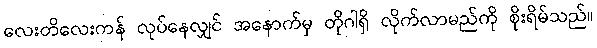
လေးတိလေးကန် လုပ်နေလျှင် အနောက်မှ တိုဂါရှိ လိုက်လာမည်ကို စိုးရိမ်သည်။